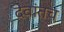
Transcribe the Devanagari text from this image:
देवांतच